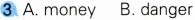
3 A. money B. danger